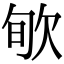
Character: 㰬